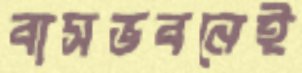
বাসভবনেই